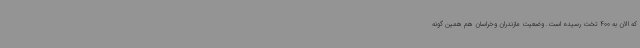
که الان به 400 تخت رسیده است. وضعیت مازندران وخراسان هم همین گونه